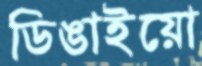
ডিঙাইয়ো